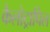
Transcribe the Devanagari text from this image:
कैलोट्रापिल